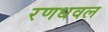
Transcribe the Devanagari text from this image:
रणधवल